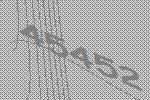
45452